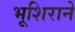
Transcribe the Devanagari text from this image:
भूशिराने